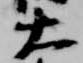
大